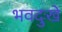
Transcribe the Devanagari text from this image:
भवदुःखे